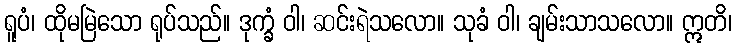
ရူပံ၊ ထိုမမြဲသော ရုပ်သည်။ ဒုက္ခံ ဝါ၊ ဆင်းရဲသလော။ သုခံ ဝါ၊ ချမ်းသာသလော။ ဣတိ၊